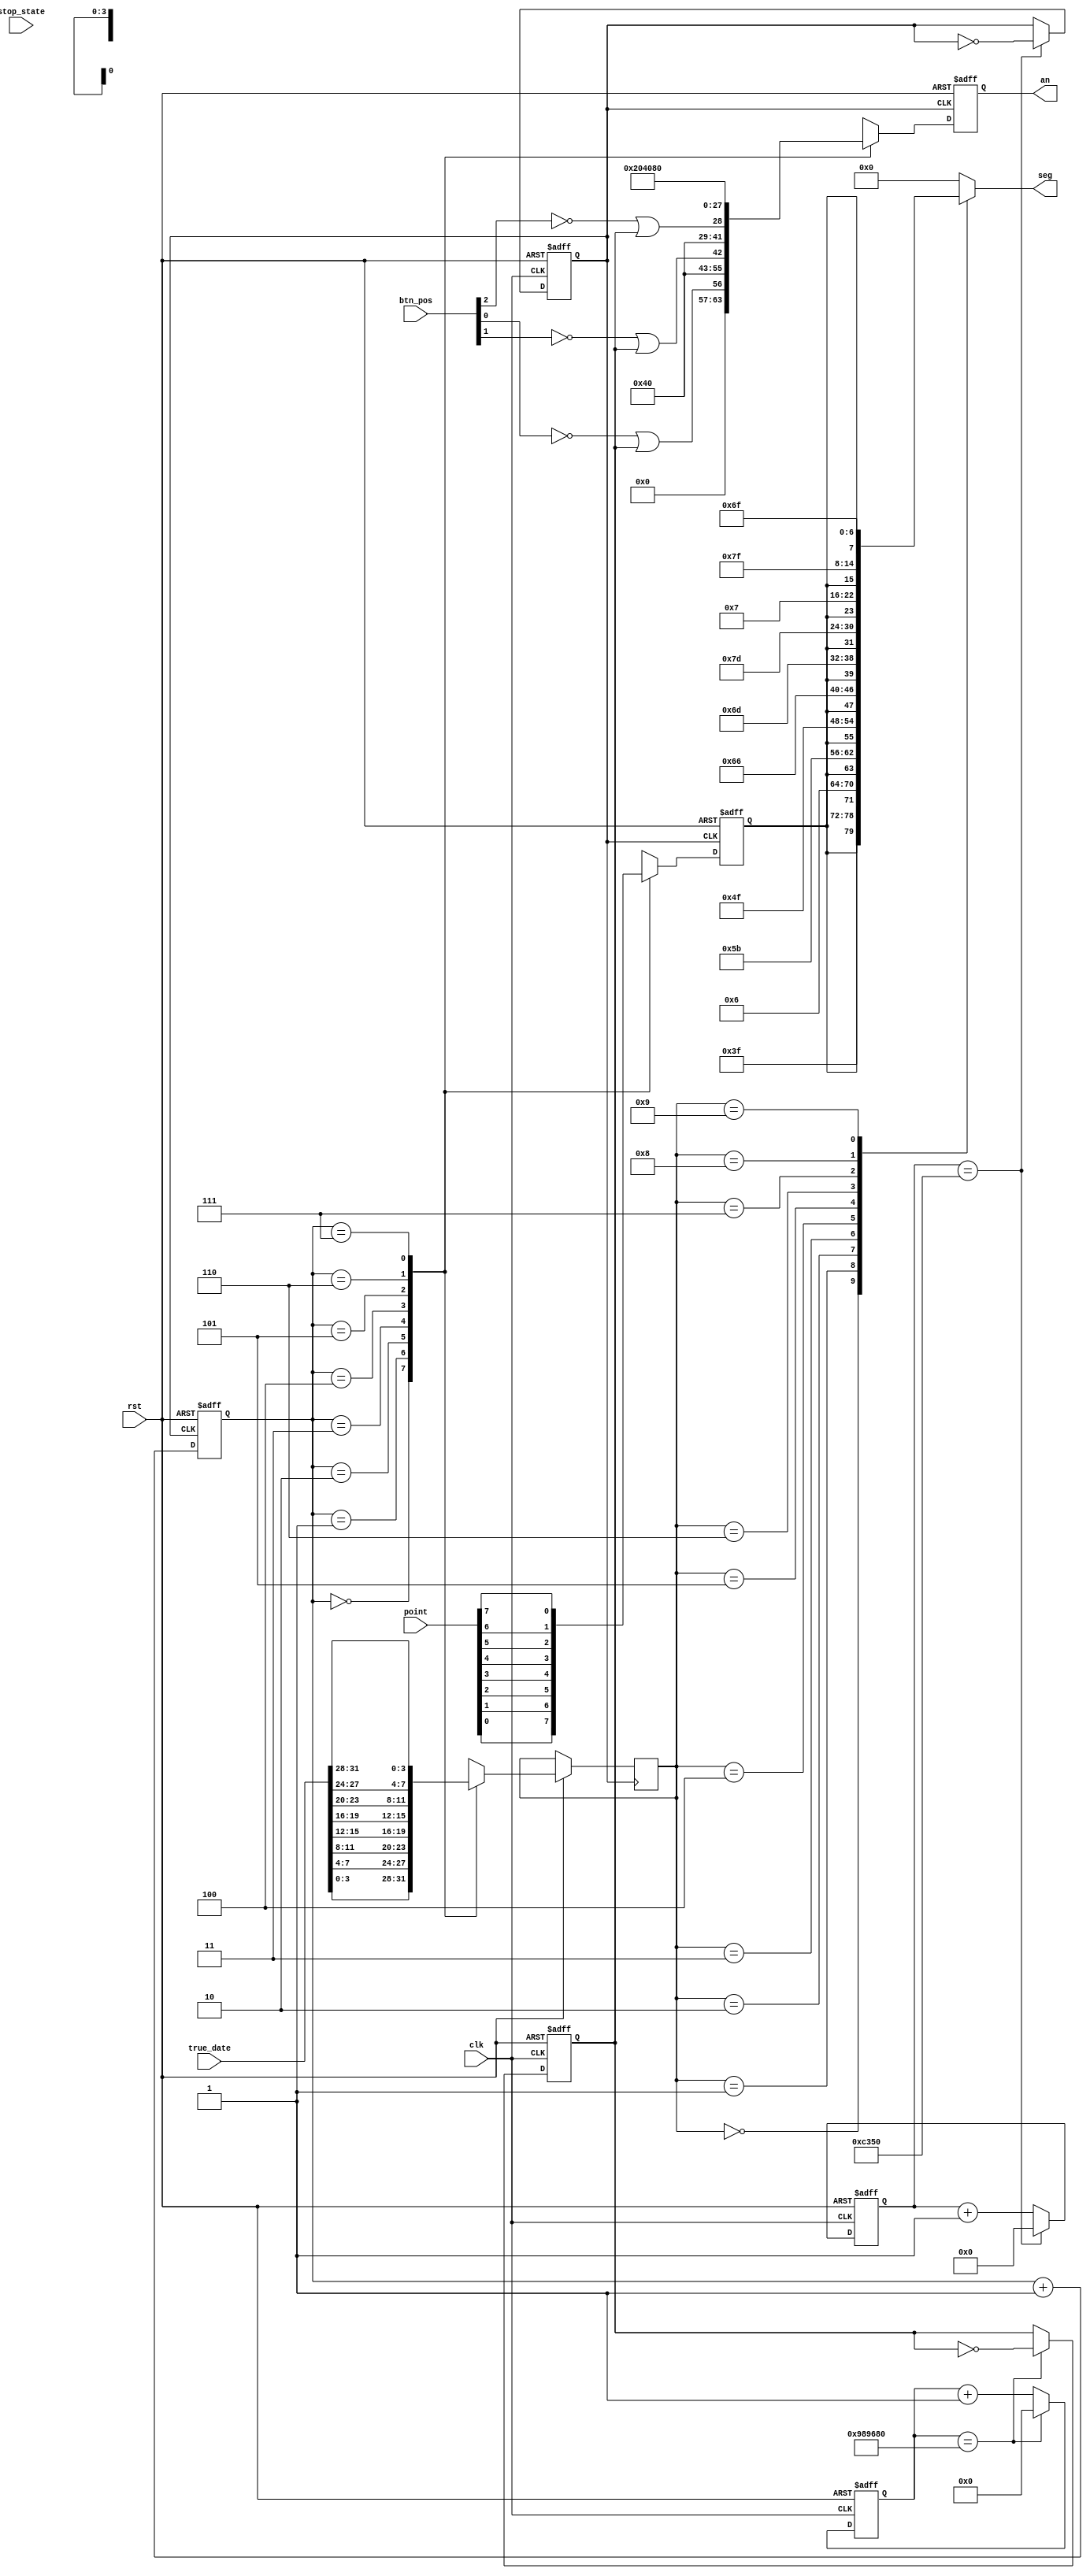
module smg(
    input      clk,
    input      rst,
    input      stop_state,      //??
    input      [2:0] btn_pos,    //??
    input      [31:0]true_date, //??
    input      [7:0] point,   
    output reg [7:0] seg,
    output reg [7:0] an
    // output reg [3:0] disp_dat,
    // output reg [2:0] disp_bit,
    // output reg [16:0] divclk_cnt
	);
    //wire [31:0] dispdata;
    reg [16:0] divclk_cnt = 0;
    reg [23:0] flash_div_cnt = 0;
    reg        divclk;
    reg        flashclk;
    reg [3:0]  disp_dat;  
    reg [2:0]  disp_bit; 
    reg        dot_disp; 
	parameter maxcnt = 16'd50000;
	parameter maxflashcnt = 24'd10000000;       //

    //assign dispdata = true_date;        //??

    always@(posedge clk or negedge rst)
    begin
        if(!rst)
		begin
		    flashclk <= 1'b0;
            flash_div_cnt <= 24'd0;
		end
		else if(flash_div_cnt == maxflashcnt)
        begin
            flashclk     <= ~flashclk;
            flash_div_cnt <= 24'd0;
        end
        else
        begin
            flash_div_cnt <= flash_div_cnt + 1'b1;
        end
    end

    always@(posedge clk or negedge rst)
    begin
        if(!rst)
		begin
		    divclk     <= 1'b0;
            divclk_cnt <= 17'd0;
		end
		else if(divclk_cnt == maxcnt)
        begin
            divclk     <= ~divclk;
            divclk_cnt <= 17'd0;
        end
        else
        begin
            divclk_cnt <= divclk_cnt + 1'b1;
        end
    end
    always@(posedge divclk or negedge rst)
    begin
		if(!rst)
		begin
		 	an       <= 8'b00000000;
		 	disp_bit <= 3'd0;
		 	dot_disp <= 1'b0;
		end
		else
		// begin
		//     if(disp_bit == 3'd6)
		//         disp_bit <= 3'd0;
		//     else
		    begin
                disp_bit <= disp_bit + 1'b1;
                case(disp_bit)
                    3'h0:
                    begin
                        disp_dat <= true_date[3:0];
                        dot_disp <= point[0];
                        an <= {7'b0000000,(~btn_pos[0])|flashclk};
                    end
                    3'h1:
                    begin
                        disp_dat <= true_date[7:4];
                        dot_disp <= point[1];
                        an <= 8'b00000010;
                    end
                    3'h2:
                    begin
                        disp_dat <= true_date[11:8];
                        dot_disp <= point[2];
                        an <= {5'b00000,(~btn_pos[1])|flashclk,2'b00};
                    end
                    3'h3:
                    begin
                        disp_dat <= true_date[15:12];
                        dot_disp <= point[3];
                        an <= 8'b00001000;
                    end
                    3'h4:
                    begin
                        disp_dat <= true_date[19:16];
                        dot_disp <= point[4];
                        an <= {3'b000,(~btn_pos[2])|flashclk,4'b0000};
                    end
                    3'h5:
                    begin
                        disp_dat <= true_date[23:20];
                        dot_disp <= point[5];
                        an <= 8'b00100000;
                    end
                    3'h6:
                    begin
                        disp_dat <= true_date[27:24];
                        dot_disp <= point[6];
                        an <= 8'b01000000;
                    end
                    3'h7:
                    begin
                        disp_dat <= true_date[31:28];
                        dot_disp <= point[7];
                        an <= 8'b10000000;
                    end
                    default: an <= 8'b00000000;
                endcase
            end
        // end
    end

    always@(disp_dat)
    begin
        case(disp_dat)
			4'h0: seg = {dot_disp,7'b0111111};
			4'h1: seg = {dot_disp,7'b0000110};
			4'h2: seg = {dot_disp,7'b1011011};
			4'h3: seg = {dot_disp,7'b1001111};
			4'h4: seg = {dot_disp,7'b1100110};
			4'h5: seg = {dot_disp,7'b1101101};
			4'h6: seg = {dot_disp,7'b1111101};
			4'h7: seg = {dot_disp,7'b0000111};
			4'h8: seg = {dot_disp,7'b1111111};
			4'h9: seg = {dot_disp,7'b1101111};

			default: seg = 8'h00;
		endcase
    end
endmodule